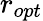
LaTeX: r_{opt}